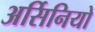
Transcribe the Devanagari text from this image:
अर्सिनियो